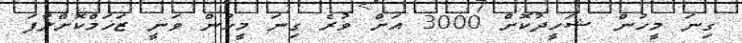
ގިނަ މީހުން ޝަހީދުކޮށް 3000 އަށް ވުރެ ގިނަ މީހުން ވަނީ ޒަޚަމްކޮށްލާފަ